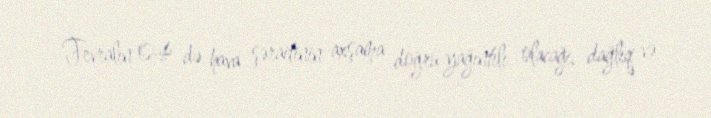
Fevralın 04-də hava şəraitinin axşama doğru yağıntılı olacağı, dağlıq və